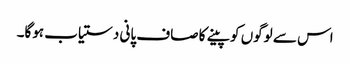
اس سے لوگوں کو پینے کا صاف پانی دستیاب ہوگا۔